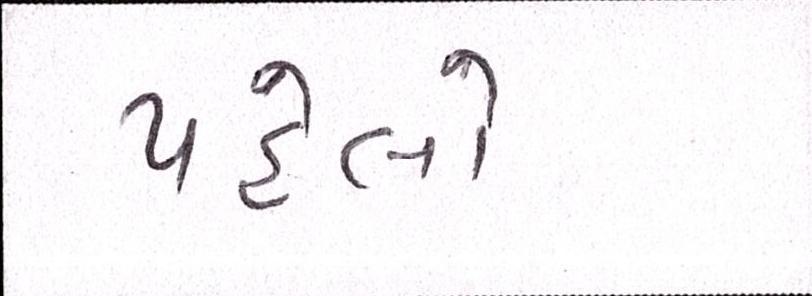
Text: પહેલો